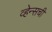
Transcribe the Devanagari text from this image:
व्हेन्सची